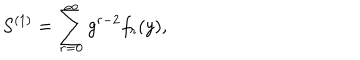
S ^ { ( 1 ) } = \sum _ { r = 0 } ^ { \infty } g ^ { r - 2 } f _ { r } ( y ) ,